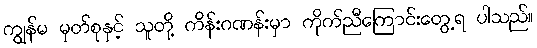
ကျွန်မ မှတ်စုနှင့် သူတို့ ကိန်းဂဏန်းမှာ ကိုက်ညီကြောင်းတွေ့ရ ပါသည်။